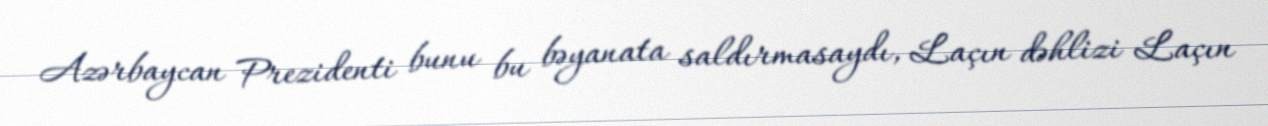
Azərbaycan Prezidenti bunu bu bəyanata saldırmasaydı, Laçın dəhlizi Laçın